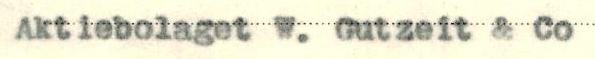
Aktiebolaget W. Gutzeit & Co